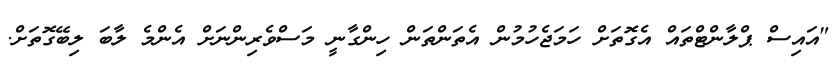
"އައިސް ޕްލާންޓްތައް އެގޮތަށް ހަމަޖެހުމުން އެތަންތަން ހިންގާނީ މަސްވެރިންނަށް އެންމެ ލާބަ ލިބޭގޮތަށް.